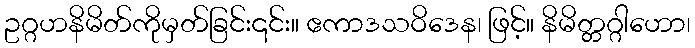
ဥဂ္ဂဟနိမိတ်ကိုမှတ်ခြင်း၎င်း။ ဧကာဒသဝိဒေန၊ ဖြင့်။ နိမိတ္တဂ္ဂါဟော၊